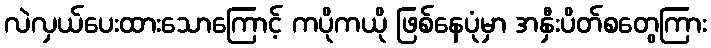
လဲလှယ်ပေးထားသောကြောင့် ကပိုကယို ဖြစ်နေပုံမှာ အနှီးပိတ်စတွေကြား